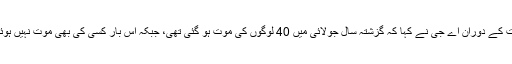
سماعت کے دوران اے جی نے کہا کہ گزشتہ سال جولائی میں 40 لوگوں کی موت ہو گئی تھی، جبکہ اس بار کسی کی بھی موت نہیں ہوئی ہے۔